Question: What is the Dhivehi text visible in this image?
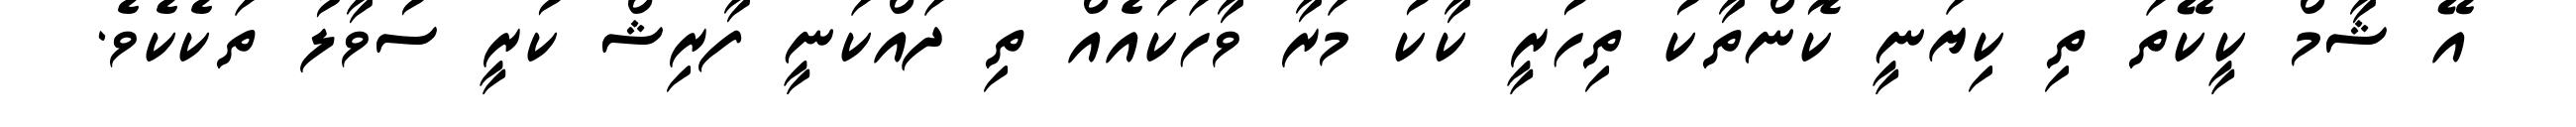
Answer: އޭ ޝާމް ކީކޭތަ ތި ކިޔަނީ ކޮންތާކު ތިހުރީ ކާކު މަރާ ވާހަކައެއް ތި ދައްކަނީ ފާރިޝް ކުރީ ސުވާލު ތަކެކެވެ.